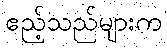
ဧည့်သည်များက